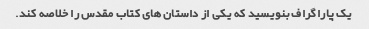
یک پاراگراف بنویسید که یکی از داستان های کتاب مقدس را خلاصه کند.